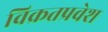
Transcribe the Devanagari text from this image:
विक्रतप्रवेश